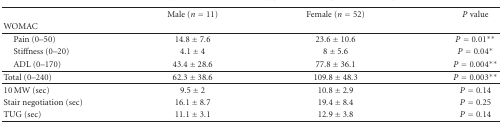
|  | Male (n = 11) | Female (n = 52) | P value |
 | WOMAC |  |  |  |
 | --- | --- | --- | --- |
 | Pain (0–50) | 14.8 ± 7.6 | 23.6 ± 10.6 | P = 0.01** |
 | Stiffness (0–20) | 4.1 ± 4 | 8 ± 5.6 | P = 0.04* |
 | ADL (0–170) | 43.4 ± 28.6 | 77.8 ± 36.1 | P = 0.004** |
 | Total (0–240) | 62.3 ± 38.6 | 109.8 ± 48.3 | P = 0.003** |
 | 10 MW (sec) | 9.5 ± 2 | 10.8 ± 2.9 | P = 0.14 |
 | Stair negotiation (sec) | 16.1 ± 8.7 | 19.4 ± 8.4 | P = 0.25 |
 | TUG (sec) | 11.1 ± 3.1 | 12.9 ± 3.8 | P = 0.14 |